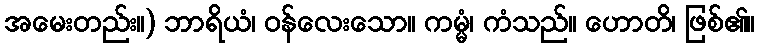
အမေးတည်း။) ဘာရိယံ၊ ဝန်လေးသော။ ကမ္မံ၊ ကံသည်။ ဟောတိ၊ ဖြစ်၏။